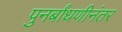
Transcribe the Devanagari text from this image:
पुनर्बांधणीनंतर